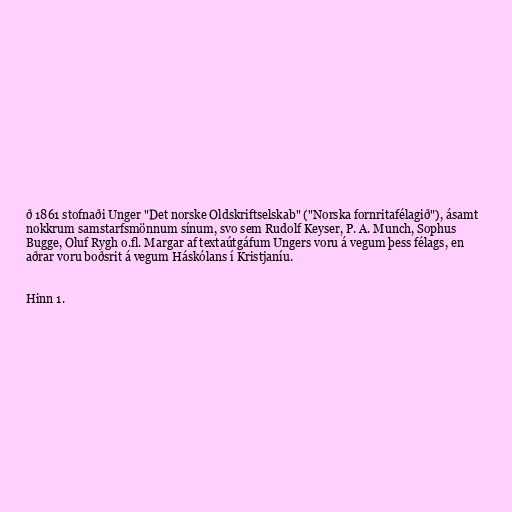
ð 1861 stofnaði Unger "Det norske Oldskriftselskab" ("Norska fornritafélagið"), ásamt
nokkrum samstarfsmönnum sínum, svo sem Rudolf Keyser, P. A. Munch, Sophus
Bugge, Oluf Rygh o.fl. Margar af textaútgáfum Ungers voru á vegum þess félags, en
aðrar voru boðsrit á vegum Háskólans í Kristjaníu.

Hinn 1.